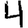
Digit: 4